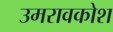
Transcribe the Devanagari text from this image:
उमरावकोश